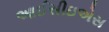
આઈસીઇએસ